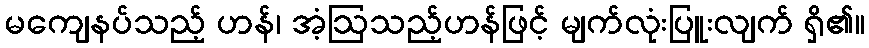
မကျေနပ်သည့် ဟန်၊ အံ့ဩသည့်ဟန်ဖြင့် မျက်လုံးပြူးလျက် ရှိ၏။